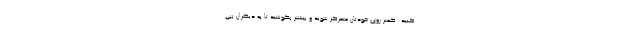
کنید: کمتر روی خودتان متمرکز شوید و بیشتر بکوشید تا به دیگران بپی